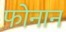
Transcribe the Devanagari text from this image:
फोनान